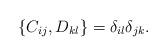
LaTeX: \begin{align*} \{ C_{ij}, D_{kl}\} = \delta_{il} \delta_{jk}.\end{align*}